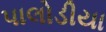
પાલોડીયા